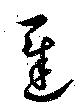
遲